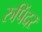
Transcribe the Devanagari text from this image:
रुपिंदर